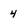
Character: 4